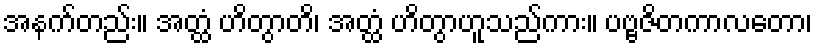
အနက်တည်း။ အတ္ထံ ဟိတွာတိ၊ အတ္ထံ ဟိတွာဟူသည်ကား။ ပဗ္ဗဇိတကာလတော၊